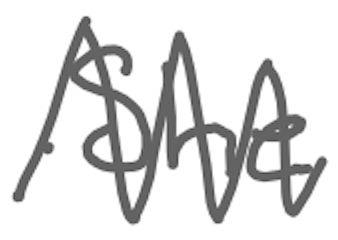
Text: She
Cross-out: zig-zag
Writing tool: digital_gray